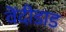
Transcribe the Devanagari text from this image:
वेंदीडाड